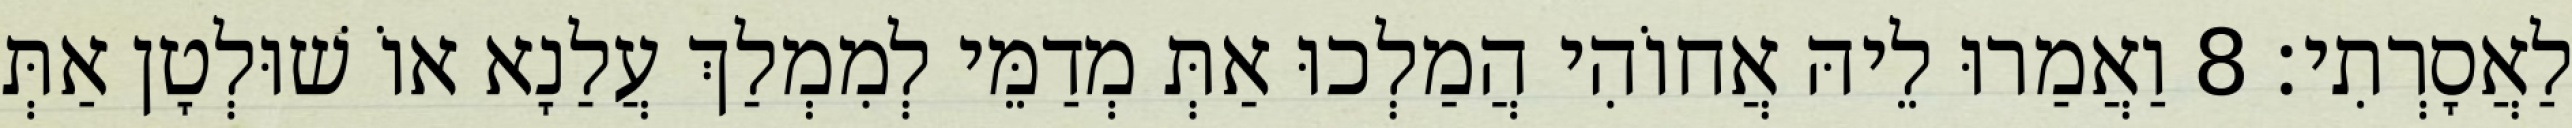
לַאֲסָרְתִי׃ 8 וַאֲמַרוּ לֵיהּ אֲחוֹהִי הֲמַלְכוּ אַתְּ מְדַמֵּי לְמִמְלַךְ עֲלַנָא אוֹ שׁוּלְטָן אַתְּ